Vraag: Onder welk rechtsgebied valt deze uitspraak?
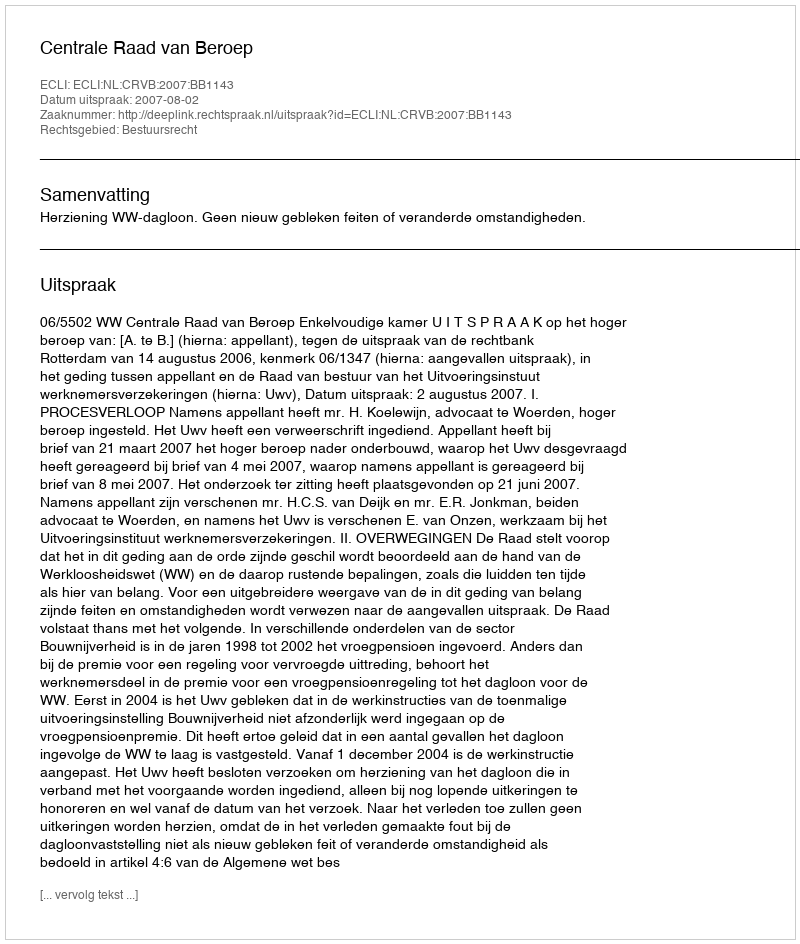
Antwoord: Bestuursrecht